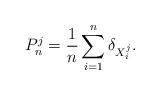
LaTeX: \begin{align*} P_n^j=\frac{1}{n}\sum_{i=1}^n \delta_{X_i^j}. \end{align*}